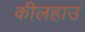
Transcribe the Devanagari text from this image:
कीलहाउ